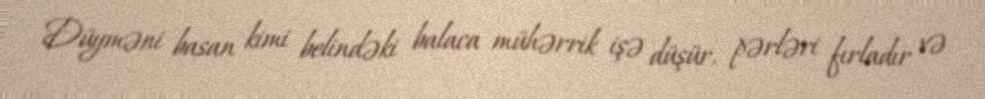
Düyməni basan kimi belindəki balaca mühərrik işə düşür, pərləri fırladır və